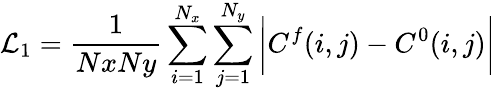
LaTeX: \mathcal{L}_{1}=\frac{{1}}{{NxNy}}\sum_{i=1}^{N_{x}}\sum_{j=1}^{N_{y}}\bigg|C^{f}(i,j)-C^{0}(i,j)\bigg|